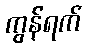
ကွန်ရက်